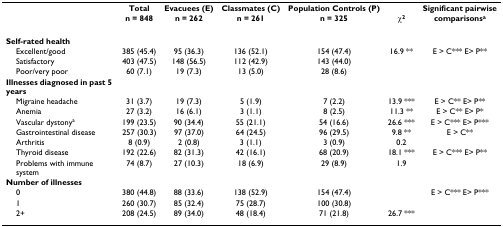
|  | Total | Evacuees (E) | Classmates (C) | Population Controls (P) |  | Significant pairwise |
 |  | n = 848 | n = 262 | n = 261 | n = 325 | χ2 | comparisonsa |
 | --- | --- | --- | --- | --- | --- | --- |
 | Self-rated health |  |  |  |  |  |  |
 | Excellent/good | 385 (45.4) | 95 (36.3) | 136 (52.1) | 154 (47.4) | 16.9 ** | E > C*** E> P** |
 | Satisfactory | 403 (47.5) | 148 (56.5) | 112 (42.9) | 143 (44.0) |  |  |
 | Poor/very poor | 60 (7.1) | 19 (7.3) | 13 (5.0) | 28 (8.6) |  |  |
 | Illnesses diagnosed in past 5 years |  |  |  |  |  |  |
 | Migraine headache | 31 (3.7) | 19 (7.3) | 5 (1.9) | 7 (2.2) | 13.9 *** | E > C** E> P** |
 | Anemia | 27 (3.2) | 16 (6.1) | 3 (1.1) | 8 (2.5) | 11.3 ** | E > C** E> P* |
 | Vascular dystonya | 199 (23.5) | 90 (34.4) | 55 (21.1) | 54 (16.6) | 26.6 *** | E > C*** E> P*** |
 | Gastrointestinal disease | 257 (30.3) | 97 (37.0) | 64 (24.5) | 96 (29.5) | 9.8 ** | E > C** |
 | Arthritis | 8 (0.9) | 2 (0.8) | 3 (1.1) | 3 (0.9) | 0.2 |  |
 | Thyroid disease | 192 (22.6) | 82 (31.3) | 42 (16.1) | 68 (20.9) | 18.1 *** | E > C*** E> P** |
 | Problems with immune system | 74 (8.7) | 27 (10.3) | 18 (6.9) | 29 (8.9) | 1.9 |  |
 | Number of illnesses |  |  |  |  |  |  |
 | 0 | 380 (44.8) | 88 (33.6) | 138 (52.9) | 154 (47.4) |  | E > C*** E> P*** |
 | 1 | 260 (30.7) | 85 (32.4) | 75 (28.7) | 100 (30.8) |  |  |
 | 2+ | 208 (24.5) | 89 (34.0) | 48 (18.4) | 71 (21.8) | 26.7 *** |  |